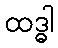
ထဒ္ဓါ